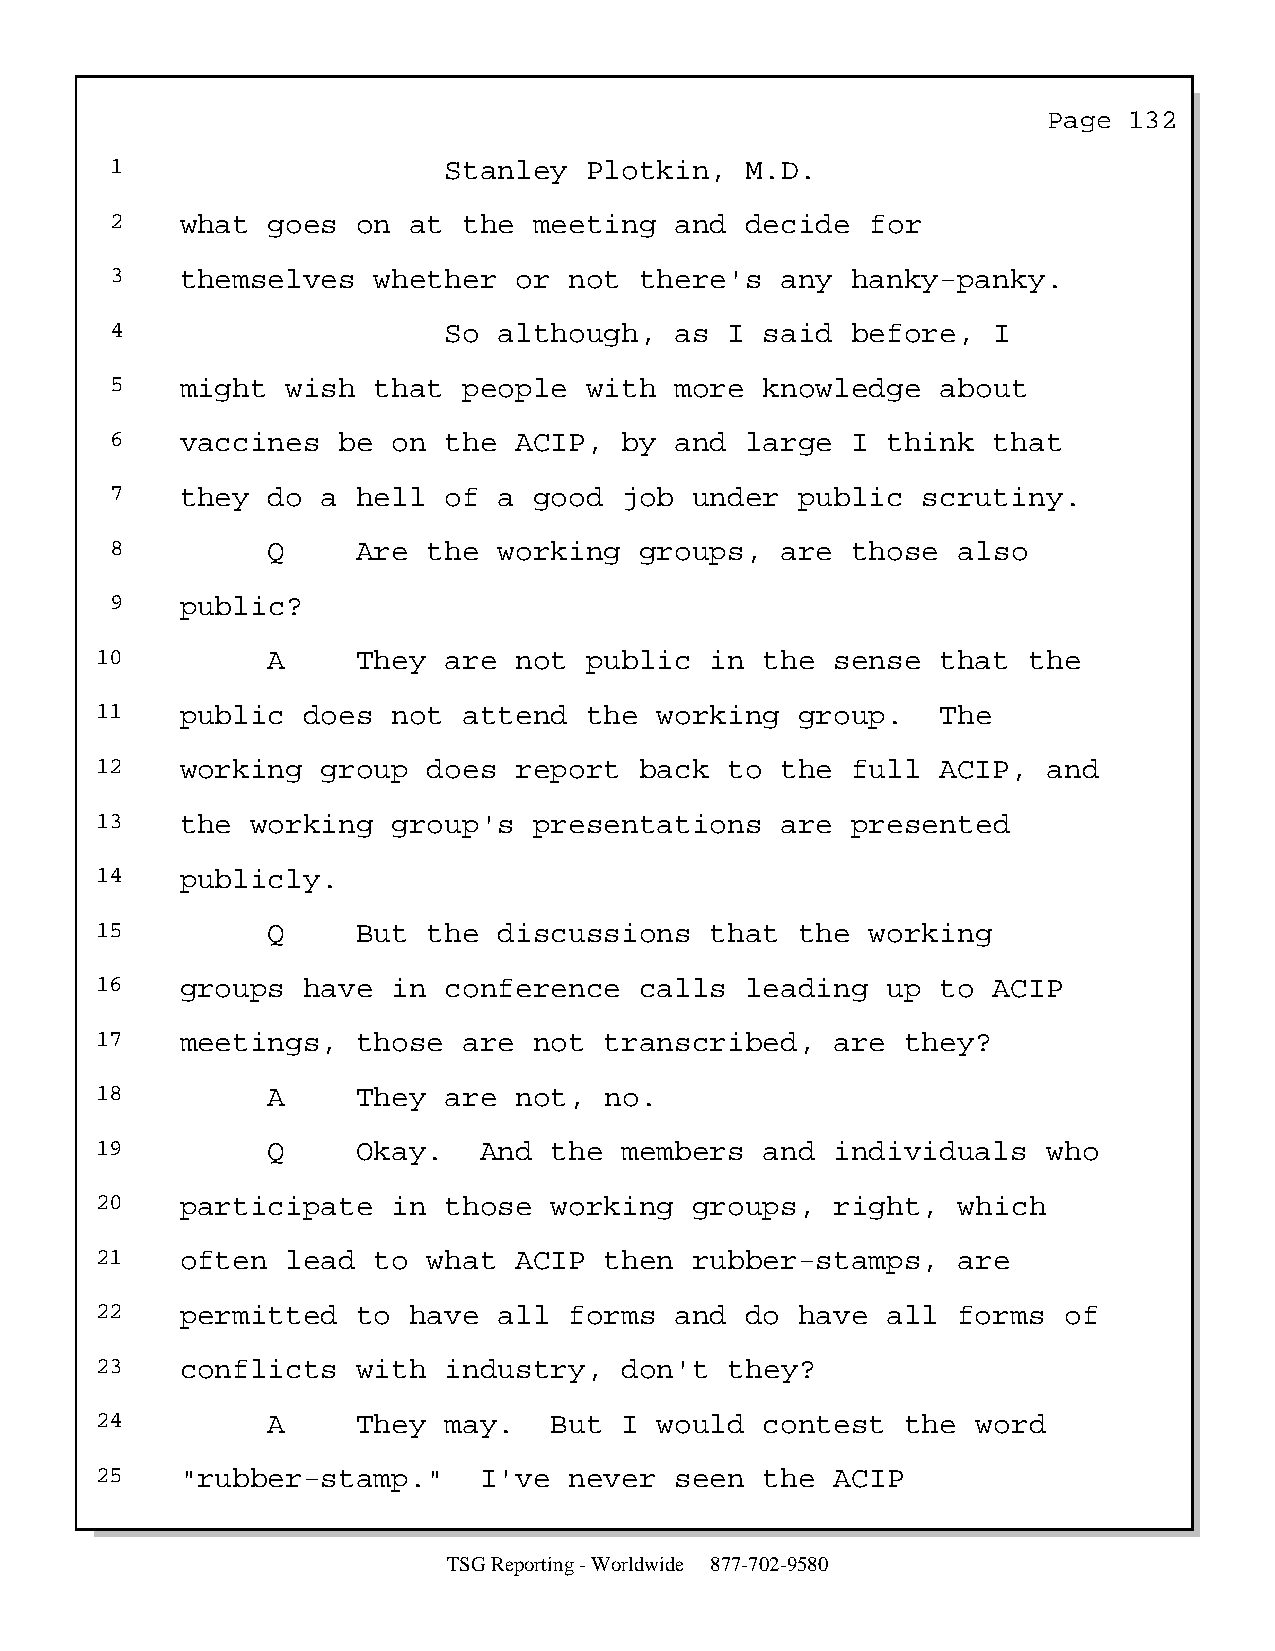
Page  132
 1                     Stanley   Plotkin,  M.D.
 2    what  goes  on at  the meeting   and decide   for
 3    themselves   whether  or  not there's   any hanky-panky.
 4                     So  although,   as I  said before,   I
 5    might  wish  that  people  with  more  knowledge  about
 6    vaccines  be  on the  ACIP,  by  and large  I  think  that
 7    they  do a  hell of  a good  job  under  public  scrutiny.
 8          Q     Are the  working  groups,   are those  also
 9    public?
 10          A     They are  not  public  in  the sense  that  the
 11    public  does  not  attend  the  working  group.   The
 12    working  group  does  report  back  to  the full  ACIP,  and
 13    the  working  group's  presentations    are presented
 14    publicly.
 15          Q     But the  discussions   that  the  working
 16    groups  have  in conference   calls  leading   up to  ACIP
 17    meetings,   those  are not  transcribed,   are  they?
 18          A     They are  not,  no.
 19          Q     Okay.   And the  members   and individuals   who
 20    participate   in those  working   groups,  right,  which
 21    often  lead  to what  ACIP  then  rubber-stamps,   are
 22    permitted   to have  all  forms  and do  have  all forms  of
 23    conflicts   with industry,   don't  they?
 24          A     They may.   But  I  would  contest  the  word
 25    "rubber-stamp."     I've  never  seen  the ACIP
 TSG Reporting - Worldwide 877-702-9580